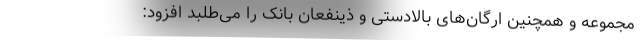
مجموعه و همچنین ارگان‌های بالادستی و ذینفعان بانک را می‌طلبد افزود: